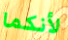
لأنكما